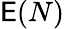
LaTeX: \mathsf{E}(N)